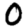
Digit: 0